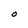
Character: O